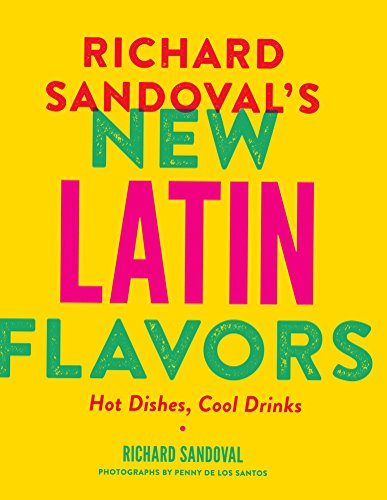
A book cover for Richard SandovalEEs New Latin Flavors: Hot Dishes, Cool Drinks; Richard Sandoval; Cookbooks, Food & Wine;